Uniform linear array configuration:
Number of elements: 4
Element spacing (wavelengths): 0.25
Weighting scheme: cosine
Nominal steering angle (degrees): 30
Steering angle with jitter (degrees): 28.878
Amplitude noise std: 0.05
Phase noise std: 0.05

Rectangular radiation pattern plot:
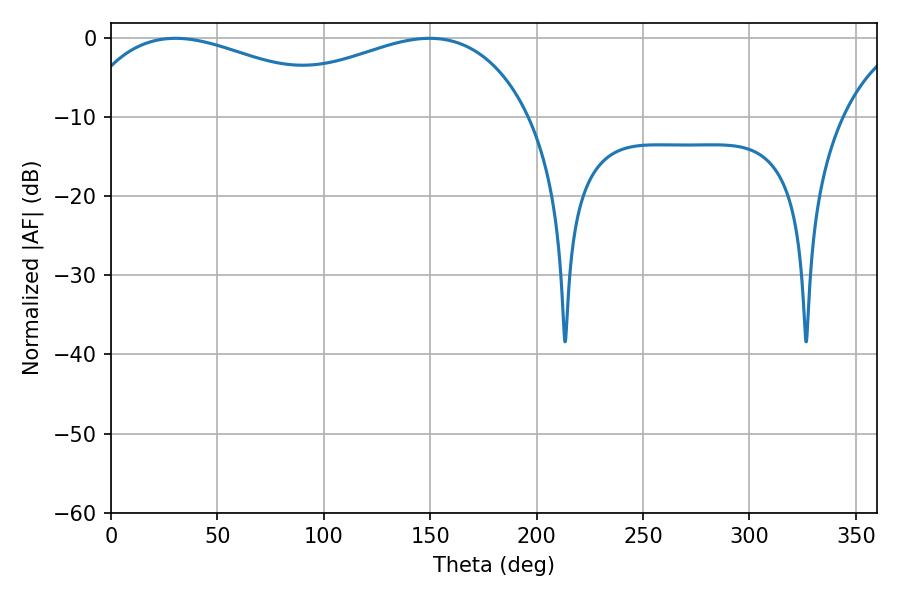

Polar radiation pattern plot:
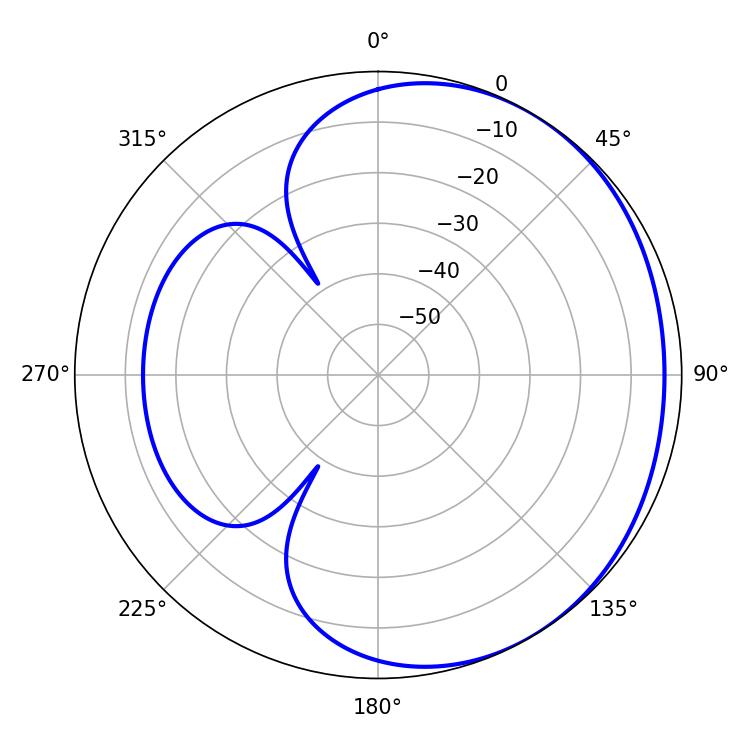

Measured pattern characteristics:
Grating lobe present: FALSE
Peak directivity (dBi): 1.836
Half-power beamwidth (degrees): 74.52
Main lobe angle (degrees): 30.24